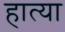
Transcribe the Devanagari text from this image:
हात्या